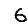
Digit: 6